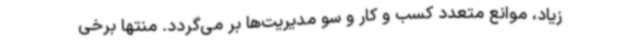
زیاد، موانع متعدد کسب و کار و سو مدیریت‌ها بر می‌گردد. منتها برخی